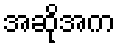
အဆိုအက